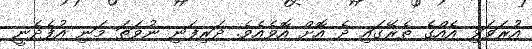
އުރަވަޅި އެއްގެ ތެރޭގައި ދެ އޮށް އޮވެއެވެ. ދަރިފަނި ނުވަތަ މަނި އުފެދެނީ